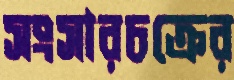
সংসারচক্রের